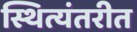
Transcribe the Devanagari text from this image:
स्थित्यंतरीत